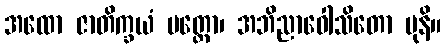
အထော ဇာတိက္ခယံ ပတ္တော၊ အဘိညာဝေါသိတော မုနိ။